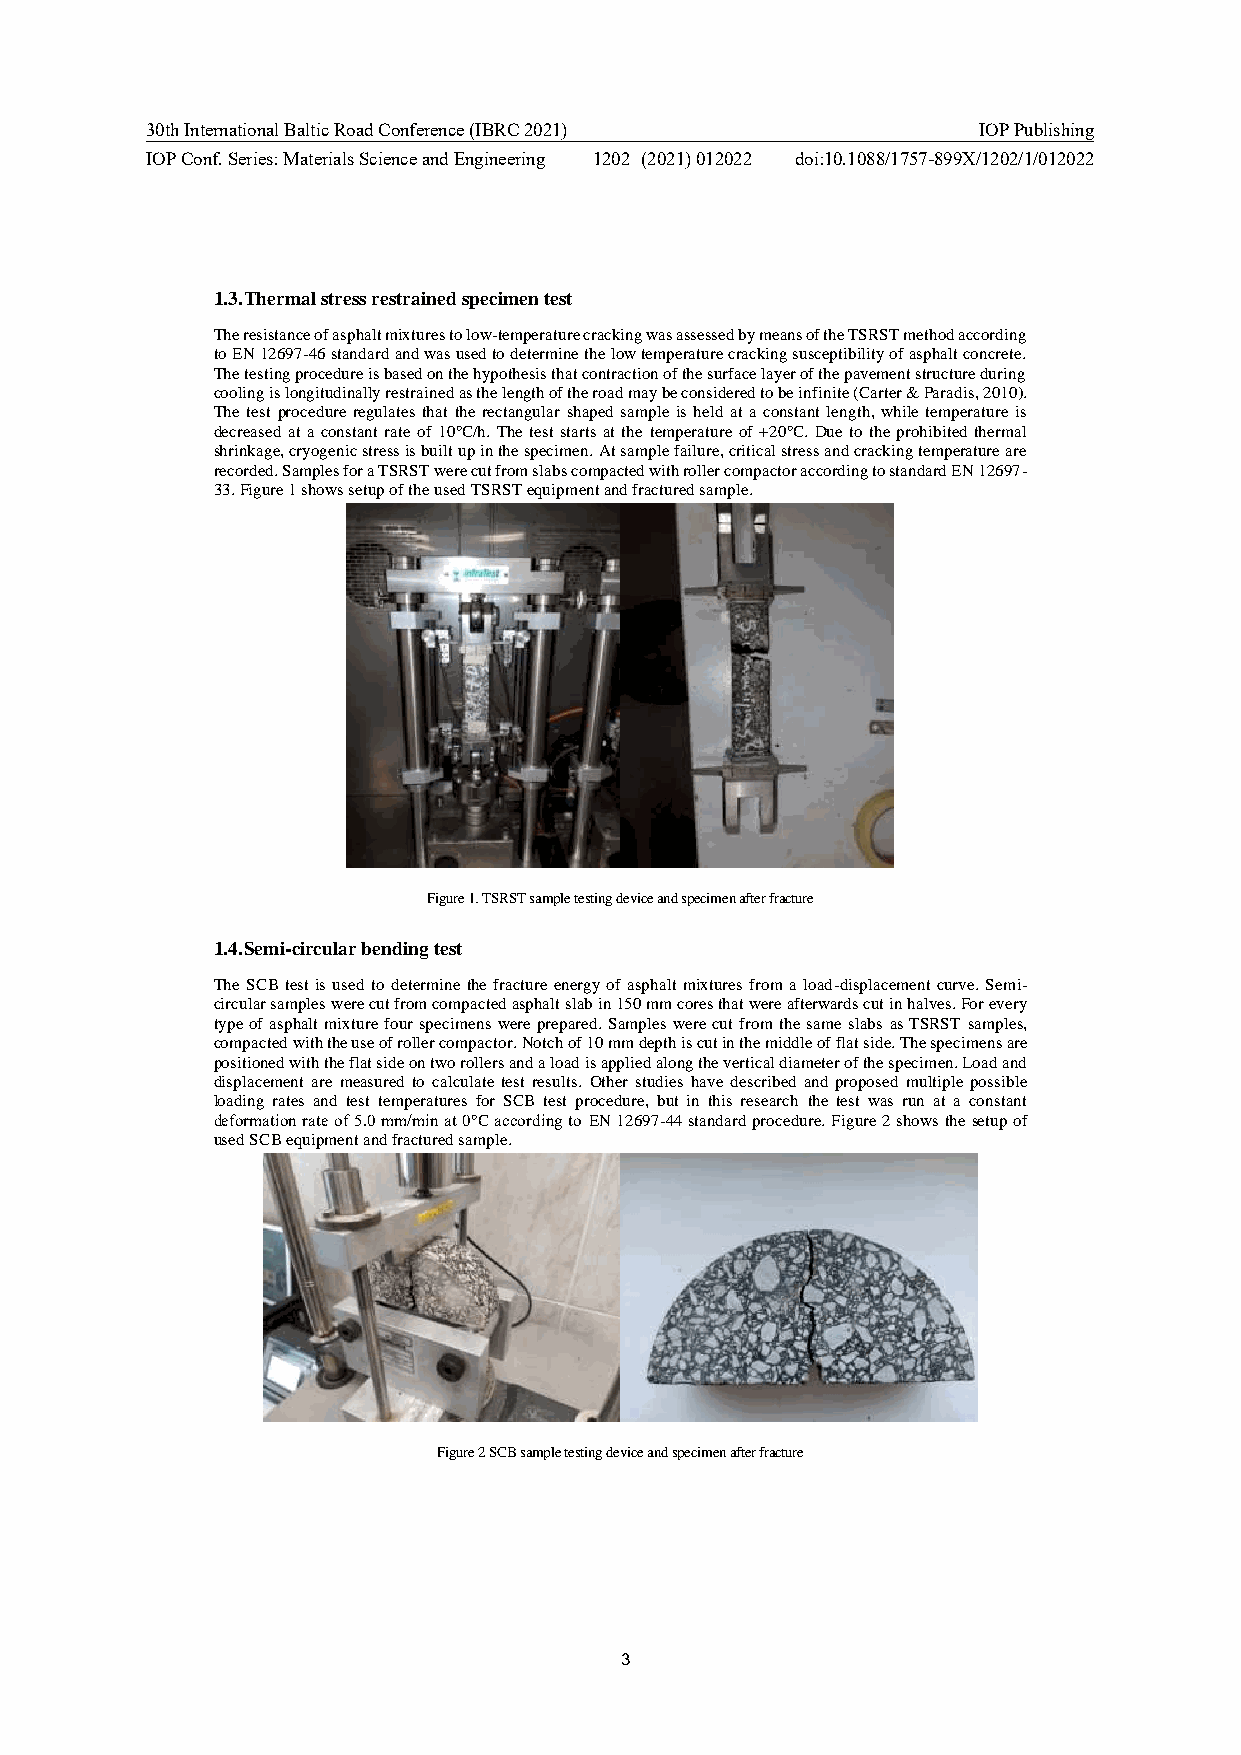
30th International Baltic Road Conference (IBRC 2021)  IOP Publishing
 IOP Conf. Series: Materials Science and Engineering 1202 (2021) 012022 doi:10.1088/1757-899X/1202/1/012022
 1.3. Thermal stress restrained specimen test
 The resistance of asphalt mixtures to low-temperature cracking was assessed by means of the TSRST method according
 to EN 12697-46 standard and was used to determine the low temperature cracking susceptibility of asphalt concrete.
 The testing procedure is based on the hypothesis that contraction of the surface layer of the pavement structure during
 cooling is longitudinally restrained as the length of the road may be considered to be infinite (Carter & Paradis, 2010).
 The test procedure regulates that the rectangular shaped sample is held at a constant length, while temperature is
 decreased at a constant rate of 10℃/h. The test starts at the temperature of +20℃. Due to the prohibited thermal
 shrinkage, cryogenic stress is built up in the specimen. At sample failure, critical stress and cracking temperature are
 recorded. Samples for a TSRST were cut from slabs compacted with roller compactor according to standard EN 12697-
 33. Figure 1 shows setup of the used TSRST equipment and fractured sample.
 Figure 1. TSRST sample testing device and specimen after fracture
 1.4. Semi-circular bending test
 The SCB test is used to determine the fracture energy of asphalt mixtures from a load-displacement curve. Semi-
 circular samples were cut from compacted asphalt slab in 150 mm cores that were afterwards cut in halves. For every
 type of asphalt mixture four specimens were prepared. Samples were cut from the same slabs as TSRST samples,
 compacted with the use of roller compactor. Notch of 10 mm depth is cut in the middle of flat side. The specimens are
 positioned with the flat side on two rollers and a load is applied along the vertical diameter of the specimen. Load and
 displacement are measured to calculate test results. Other studies have described and proposed multiple possible
 loading rates and test temperatures for SCB test procedure, but in this research the test was run at a constant
 deformation rate of 5.0 mm/min at 0°C according to EN 12697-44 standard procedure. Figure 2 shows the setup of
 used SCB equipment and fractured sample.
 Figure 2 SCB sample testing device and specimen after fracture
 3